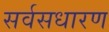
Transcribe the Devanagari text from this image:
सर्वसधारण